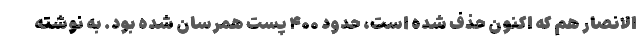
الانصار هم که اکنون حذف شده است، حدود ۴۰۰ پست همرسان شده بود. به نوشته